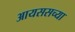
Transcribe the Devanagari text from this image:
आयससच्या